Vaccination in Bombay 1924-1928 - 1924-1928
Year: 1924
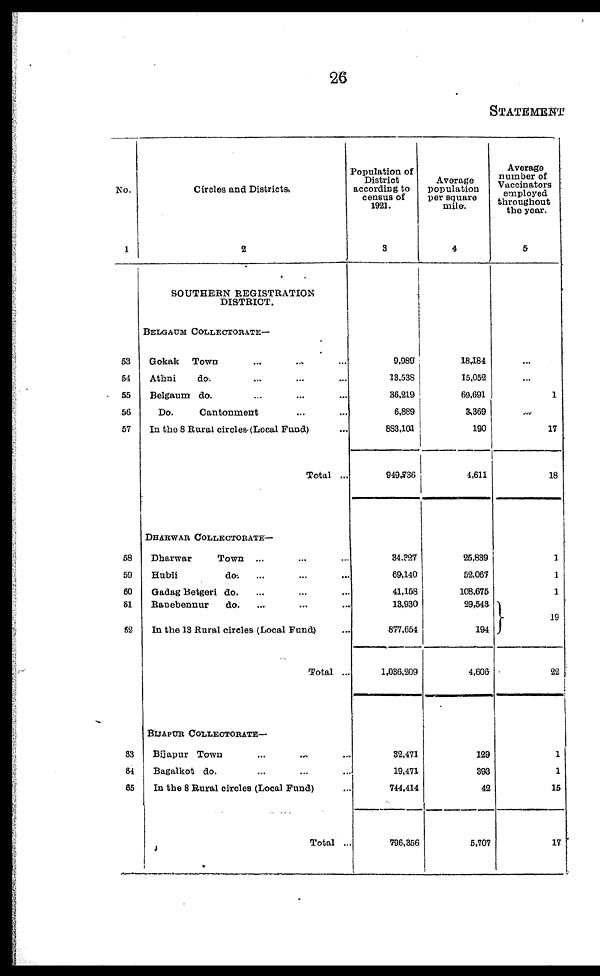
26
STATEMENT
No.
1
53
54
55
56
57
58
59
60
61
62
63
64
65
Circles and Districts.
2
SOUTHERN REGISTRATION
DISTRICT.
BELGAUM COLLECTORATE—
Gokak Town ... ... ...
Athni
do. ... ... ...
Belgaum do. ... ... ...
Do.
Cantonment ... ...
In the 8 Rural circles (Local Fund) ...
Total ...
DHARWAR COLLECTORATE—
Dharwar
Town ... ... ...
Hubli
do. ... ... ...
Gadag Betgeri do. ... ... ...
Ranebennur
do. ... ... ...
In the 13 Rural circles (Local Fund) ...
Total ...
BIJAPUR COLLECTORATE—
Bijapur Town ... ... ...
Bagalkot do. ... ... ...
In the 8 Rural circles (Local Fund) ...
Total ...
Population of
District
according to
census of
1921.
3
9,989
18,538
36,219
6,889
883,101
949,736
34,327
69,140
41,158
13,930
877,654
1,036,209
32,471
19,471
744,414
796,356
Average
population
per square
mile.
4
18,184
15,052
69,691
3,369
190
4,611
25,839
52,067
108,675
29,543
194
4,606
129
393
42
5,707
Average
number of
Vaccinators
employed
throughout
the year.
5
...
...
1
...
17
18
1
1
1
19
22
1
1
15
17